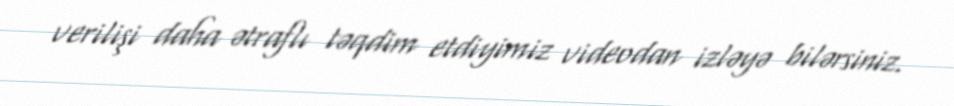
verilişi daha ətraflı təqdim etdiyimiz videodan izləyə bilərsiniz.